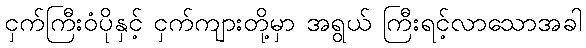
ငှက်ကြီးဝံပိုနှင့် ငှက်ကျားတို့မှာ အရွယ် ကြီးရင့်လာသောအခါ